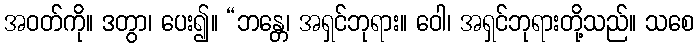
အဝတ်ကို။ ဒတွာ၊ ပေး၍။ “ဘန္တေ၊ အရှင်ဘုရား။ ဝေါ၊ အရှင်ဘုရားတို့သည်။ သစေ